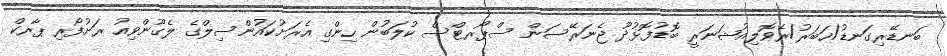
ބަނޑޭރިގަނޑު/ޚަބަރު/ރެވޮލިއުޝަނަރީ ބޮޑުފޮޅުދޫ ޖެނަރޭސަން ސްޕޯރޓްސް ކުލަބުން ހިންގި އެރަށުކައުންސިލްގެ ލެގޫންވިއު ރަށުފޯރި ޕާރކް